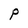
Character: P